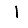
Digit: 1